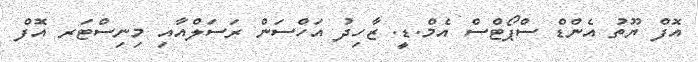
އޮފް ޔޫތު އެންޑް ސްޕޯޓްސް އެމް.ޑީ. ޒާހިދު އަހްސަން ރަސަލްއާއި މިނިސްޓަރ އޮފް